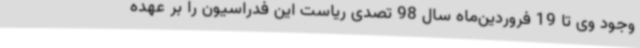
وجود وی تا 19 فروردین‌ماه سال 98 تصدی ریاست این فدراسیون را بر عهده